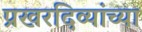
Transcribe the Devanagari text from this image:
प्रखरदिव्यांच्या